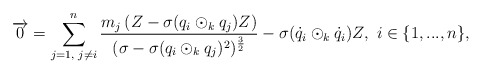
\begin{align*} \overrightarrow{0}=\sum\limits_{j=1,\textrm{ }j\neq i}^{n}\frac{m_{j}\left(Z-\sigma(q_{i}\odot_{k}q_{j})Z\right)}{(\sigma-\sigma(q_{i}\odot_{k}q_{j})^{2})^{\frac{3}{2}}}-\sigma(\dot{q}_{i}\odot_{k}\dot{q}_{i})Z,\textrm{ }i\in\{1,...,n\}, \end{align*}